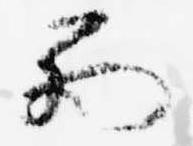
西